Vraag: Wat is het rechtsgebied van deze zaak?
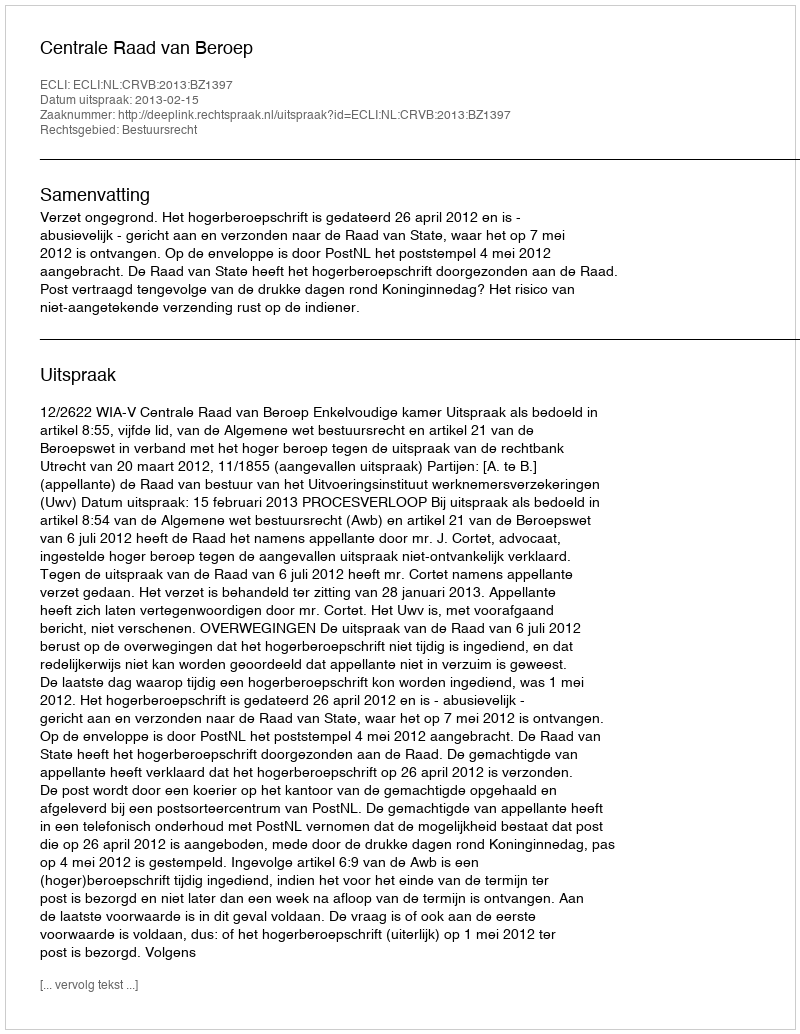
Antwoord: Bestuursrecht